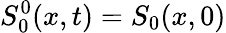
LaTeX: S_{0}^{0}(x,t)=S_{0}(x,0)